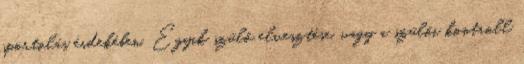
sportolás érdekében. Egyik szülő elvesztése, vagy a szülői kontroll